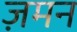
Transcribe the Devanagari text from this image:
ज़मन